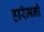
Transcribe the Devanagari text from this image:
हारॅमनी